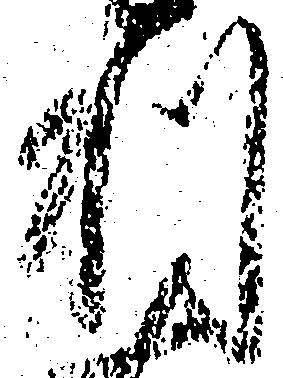
利